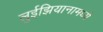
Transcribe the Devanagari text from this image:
लुईझियानामध्ये